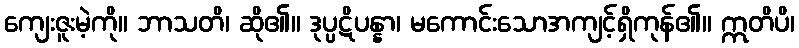
ကျေးဇူးမဲ့ကို။ ဘာသတိ၊ ဆို၏။ ဒုပ္ပဋိပန္နာ၊ မကောင်းသောအကျင့်ရှိကုန်၏။ ဣတိပိ၊